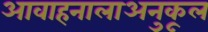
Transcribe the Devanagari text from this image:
आवाहनालाअनुकूल